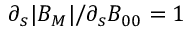
\partial _ { s } | B _ { M } | / \partial _ { s } B _ { 0 0 } = 1